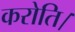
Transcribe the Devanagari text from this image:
करोति।